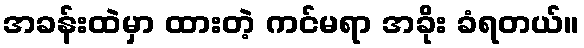
အခန်းထဲမှာ ထားတဲ့ ကင်မရာ အခိုး ခံရတယ်။